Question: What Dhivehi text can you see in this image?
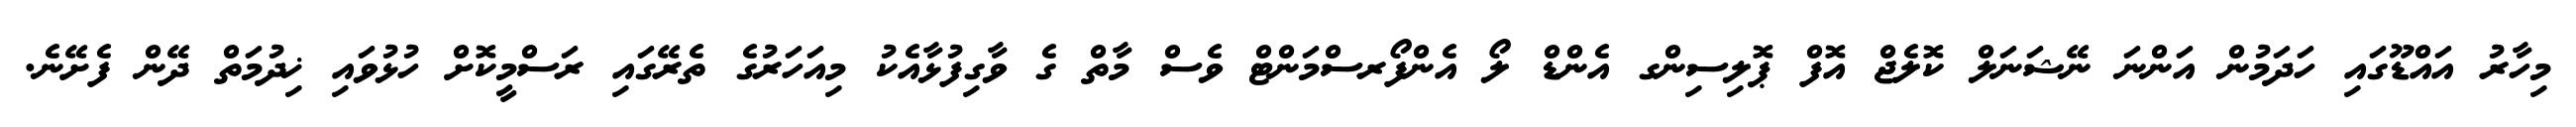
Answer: މިހާރު އައްޑޫގައި ހަދަމުން އަންނަ ނޭޝަނަލް ކޮލެޖް އޮފް ޕޮލިސިންގ އެންޑް ލޯ އެންފޯރސްމަންޓް ވެސް މާތް ގެ ވާގިފުޅާއެކު މިއަހަރުގެ ތެރޭގައި ރަސްމީކޮށް ހުޅުވައި ޚިދުމަތް ދޭން ފެށޭނެ.